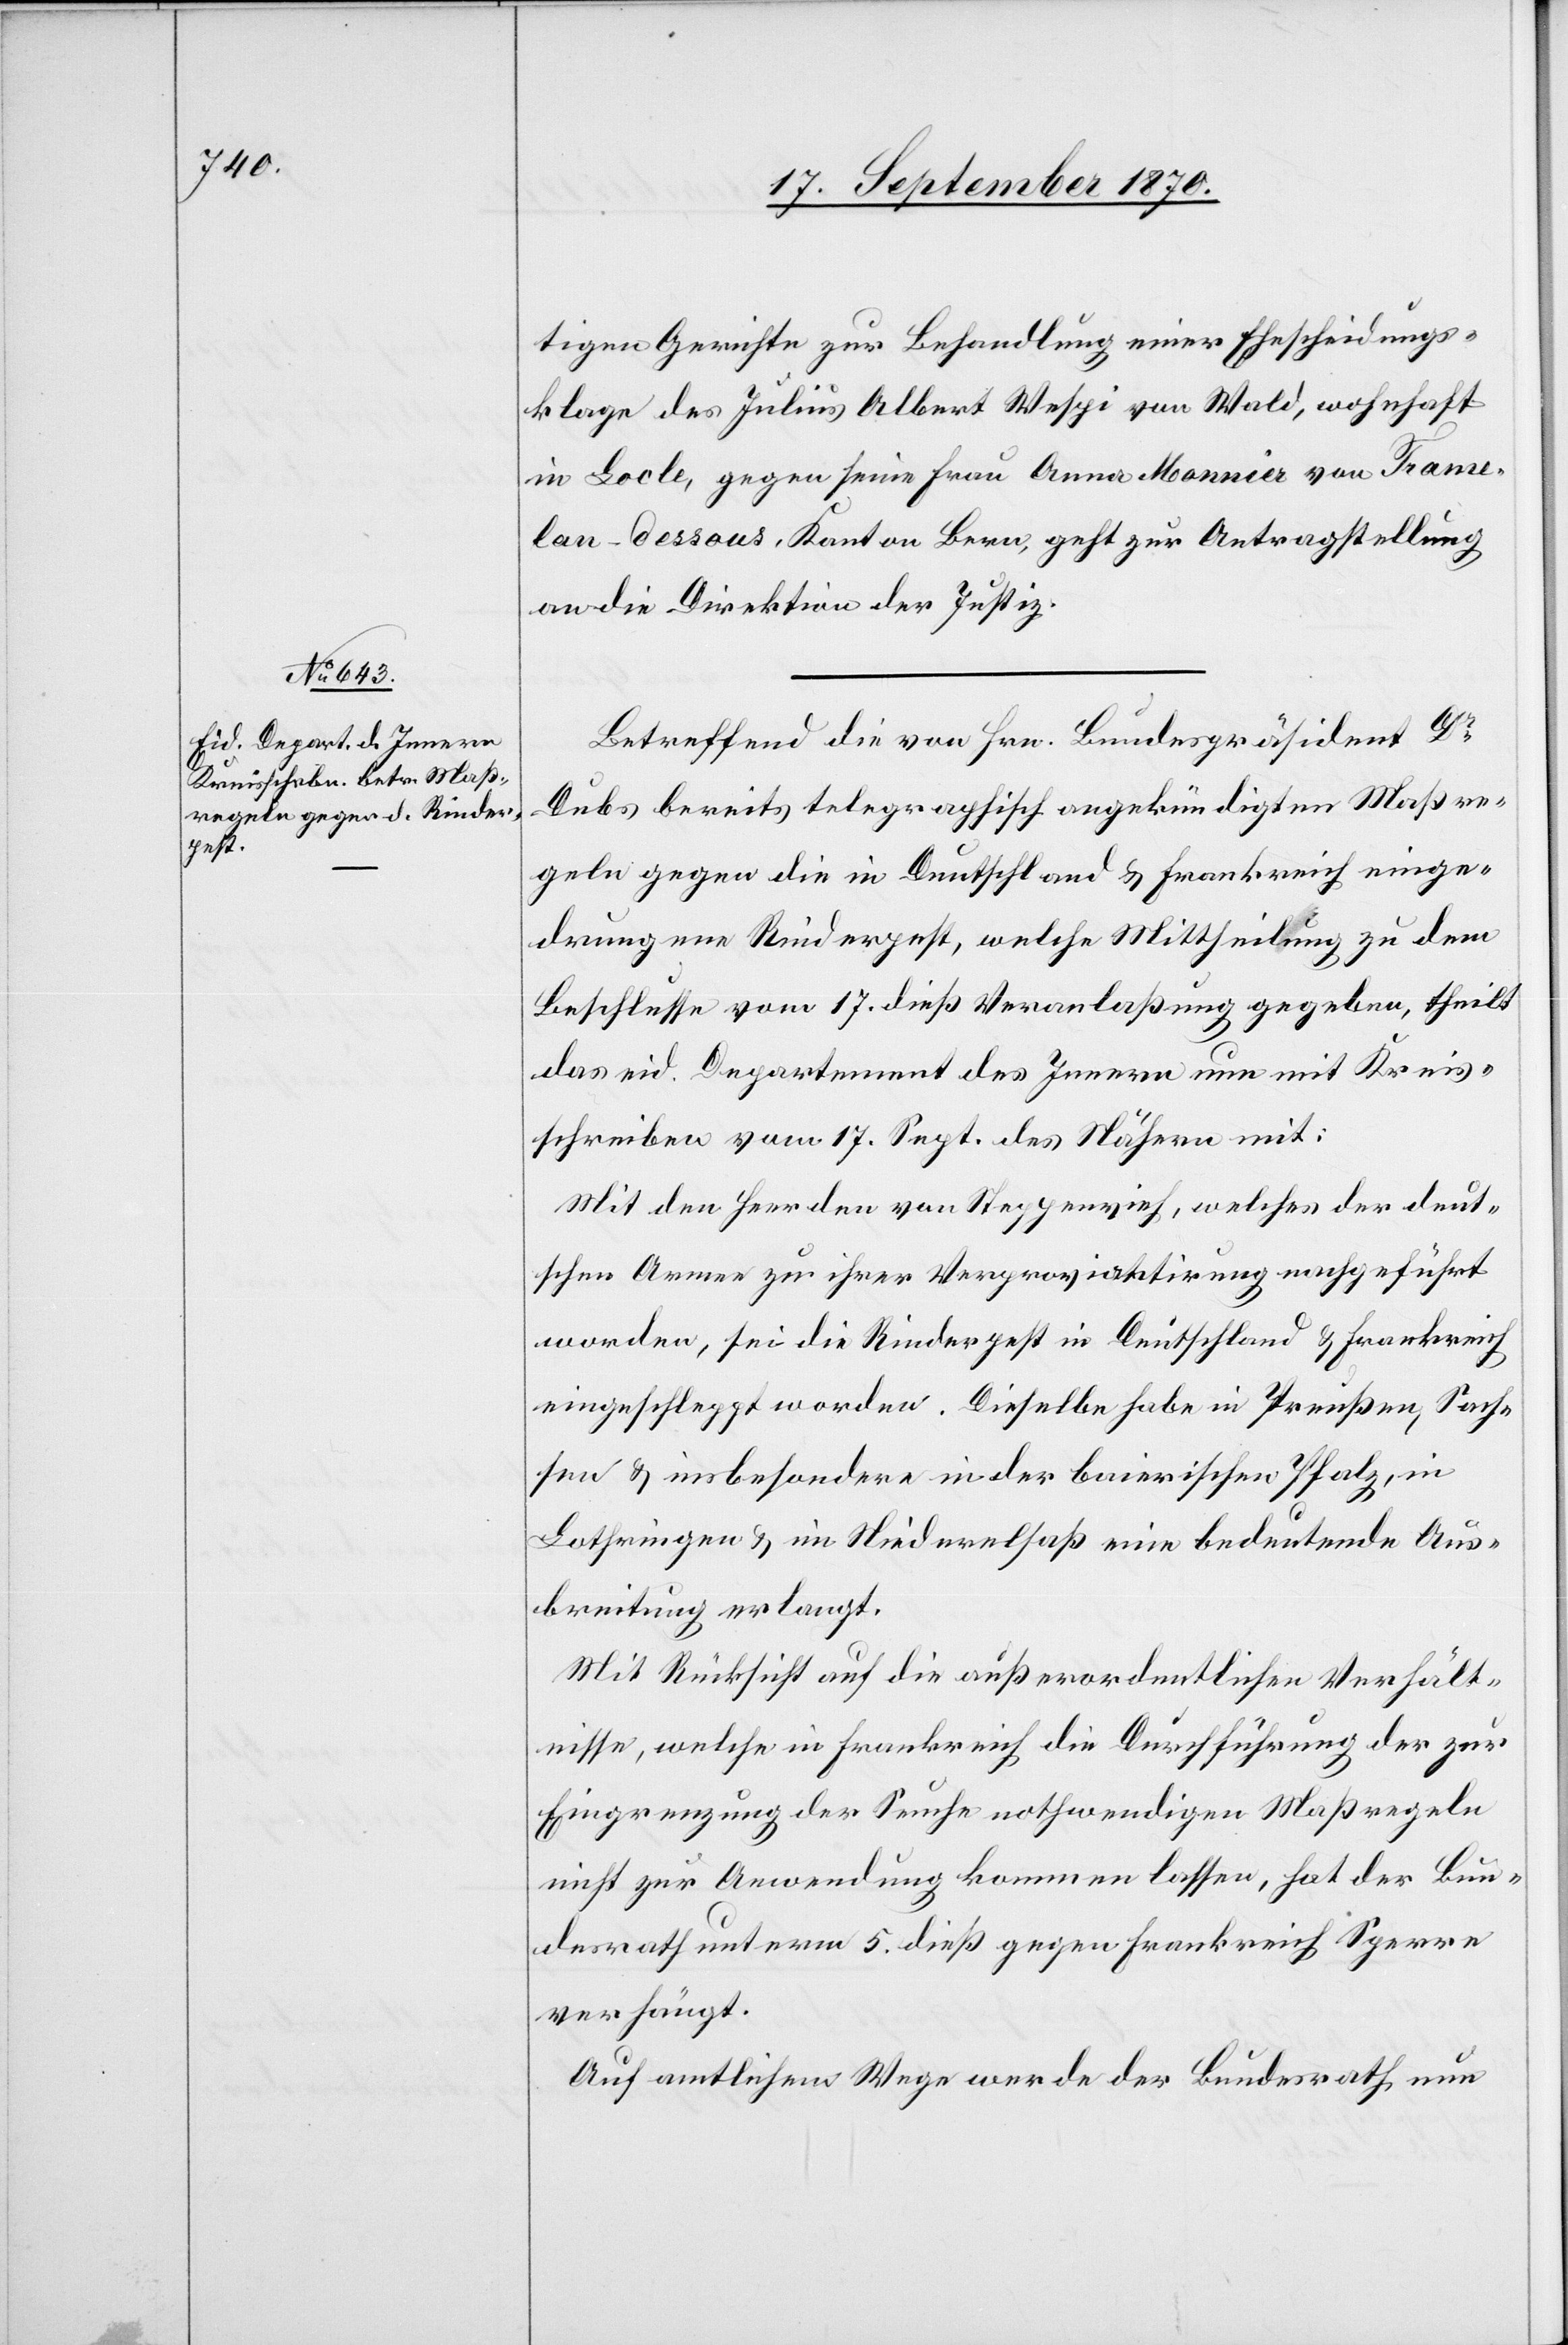
18. September 1870.]
tigen Gerichte zur Behandlung einer Ehescheidungs¬
klage des Julius Albert Wespi von Wald, wohnhaft
in Locle, gegen seine Frau Anna Monnia von Tranu¬
lan-dessous [sic!], Kanton Bern, geht zur Antragstellung
an die Direktion der Justiz.
Betreffend die von Hrn. Bundespräsident Dr
Dubs bereits telegraphisch angekündigten Maßre¬
geln gegen die in Deutschland & Frankreich einge¬
drungene Rinderpest, welche Mittheilung zu dem
Beschlusse vom 17. dieß Veranlaßung gegeben, theilt
das eid. Departement des Innern nun mit Kreis¬
schreiben vom 17. Sept. des Nähern mit:
Mit den Heerden von Steppenvieh, welches der deut¬
schen Armee zu ihrer Verproviantierung nachgeführt
worden, sei die Rinderpest in Deutschland & Frankreich
eingeschleppt worden. Dieselbe habe in Preußen, Sach¬
sen & insbesondere in der baierischen Pfalz, in
Lothringen & im Niederelsaß eine bedeutende Aus¬
breitung erlangt.
Mit Rücksicht auf die außerordentlichen Verhält¬
nisse, welche in Frankreich die Durchführung der zur
Eingrenzung der Seuche nothwendigen Maßregeln
nicht zur Anwendung kommen lassen, hat der Bun¬
desrath unterm 5. dieß gegen Frankreich Sperre
verhängt.
Auf amtlichem Wege werde der Bundesrath nun